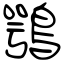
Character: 鶚